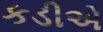
કડીએ